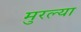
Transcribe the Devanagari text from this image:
मुरल्या